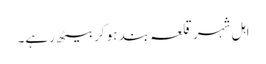
اہل شہر قلعہ بند ہو کر بیٹھ رہے۔